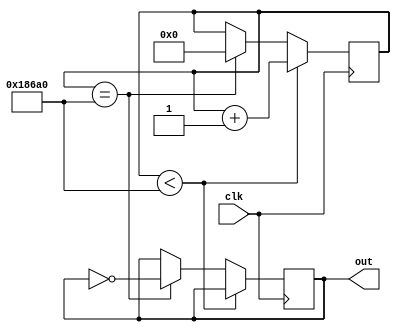
module freq_divider2(clk, out);//250Hz

input clk;
output reg out;

reg [16:0] count;
always@(posedge clk)
begin
	if(count < 100000)
		count = count + 1;
	else if(count == 100000)
	begin
		count = 0;
		out = ~out;
	end
end

endmodule